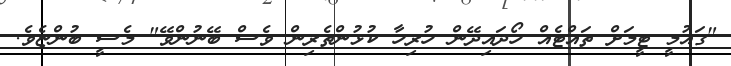
"ގައުމީ ޓީމަށް ތައްޓެއް ހޯދައިދޭން ހުރިހާ ކުޅުންތެރިން ވެސް ބޭނުންވޭ" މެސީ ބުންޏެވެ.